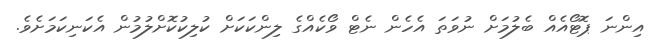
އިންނަ ޕޮޓޯއެއް ބެލުމަށް ނުވަތަ އެހެން ނެޓް ވޯކެއްގެ ލިންކަކަށް ކުލިކުކޮށްލުމުން އެކަނިކަމަށެވެ.